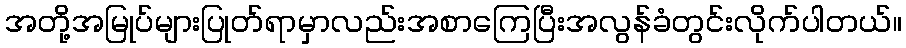
အတို့အမြုပ်များပြုတ်ရာမှာလည်းအစာကြေပြီးအလွန်ခံတွင်းလိုက်ပါတယ်။